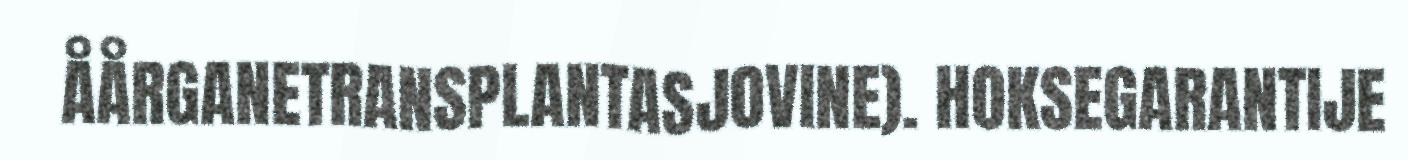
ÅÅRGANETRANSPLANTASJOVINE). HOKSEGARANTIJE